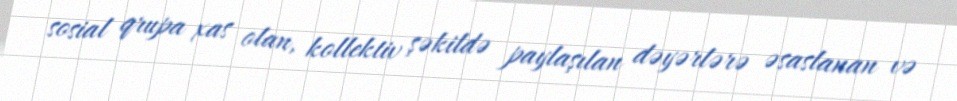
sosial qrupa xas olan, kollektiv şəkildə paylaşılan dəyərlərə əsaslanan və